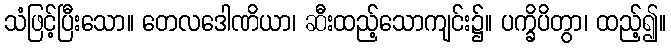
သံဖြင့်ပြီးသော။ တေလဒေါဏိယာ၊ ဆီးထည့်သောကျင်း၌။ ပက္ခိပိတွာ၊ ထည့်၍။